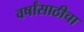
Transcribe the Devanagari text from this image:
वर्षांसाठीचा